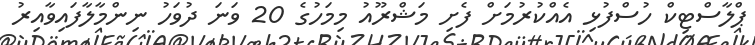
ޕްލާސްޓިކް ހުސްފުޅި އެއްކުރުމަށް ފެށި މަޝްރޫއު މިމަހުގެ 20 ވަނަ ދުވަހު ނިންމާލާފައިވާއިރު